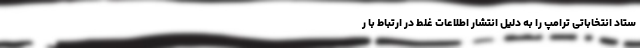
ستاد انتخاباتی ترامپ را به دلیل انتشار اطلاعات غلط در ارتباط با ر